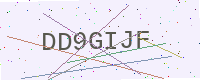
Text: DD9GIJF